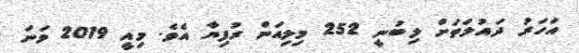
އަހަރު ދައުލަތަށް ލިބުނީ 252 މިލިއަން ރުފިޔާ އެވެ. މިއީ 2019 ވަނަ